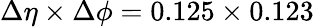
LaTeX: {\Delta\eta\times\Delta\phi=0.125\times 0.123}